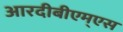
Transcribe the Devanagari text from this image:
आरदीबीएम्एस